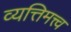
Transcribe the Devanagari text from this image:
व्यत्तिमत्त्व